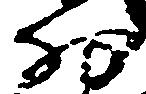
細